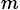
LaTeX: _m